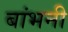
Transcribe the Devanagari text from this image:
बांभनी